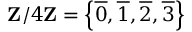
\mathbf { Z } / 4 \mathbf { Z } = \left\{ { \overline { { 0 } } } , { \overline { { 1 } } } , { \overline { { 2 } } } , { \overline { { 3 } } } \right\}